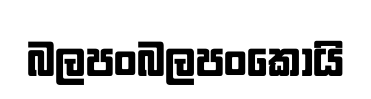
බලපංබලපංකොයි